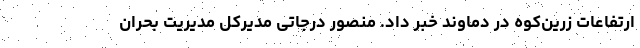
ارتفاعات زرین‌کوه در دماوند خبر داد. منصور درجاتی مدیرکل مدیریت بحران